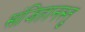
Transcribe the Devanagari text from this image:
संजिहानस्तु